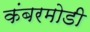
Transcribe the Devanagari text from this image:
कंबरमोडी